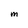
Character: M